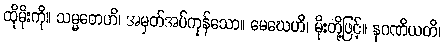
ထိုမိုးကို။ သမ္မတေဟိ၊ အမှတ်အပ်ကုန်သော။ မေဃေဟိ၊ မိုးတို့ဖြင့်။ နဂဏိယတိ၊